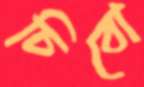
চিবো